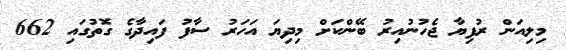
މިލިއަން ރުފިޔާ ޖެހުނުއިރު ބޭންކަށް މިދިޔަ އަހަރު ސާފު ފައިދާގެ ގޮތުގައި 662